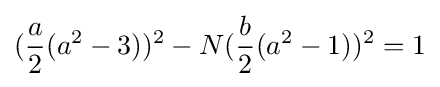
({\frac {a}{2}}(a^{2}-3))^{2}-N({\frac {b}{2}}(a^{2}-1))^{2}=1